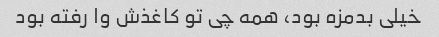
خیلی بدمزه بود، همه چی تو کاغذش وا رفته بود